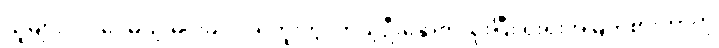
သူများလုပ်ပေမယ့် မင်းမလုပ်ရဘူးကွ၊ ကိုယ့်ဦးနှောက်သုံးပြီး ရိုးရိုးအမြတ်စားတာကို